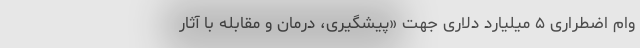
وام اضطراری ۵ میلیارد دلاری جهت «پیشگیری، درمان و مقابله با آثار